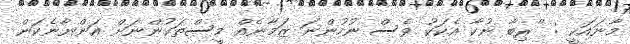
މާނައަކީ : ''ރިބާ ނުކާ އެކަކު ވެސް ނުހުންނަ ޒަމާނެއް މީސްތަކުންނަށް އަންނާނެކަން